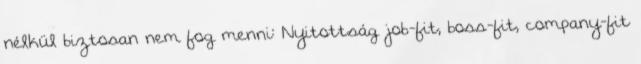
nélkül biztosan nem fog menni: Nyitottság job-fit, boss-fit, company-fit